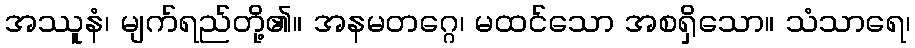
အဿူနံ၊ မျက်ရည်တို့၏။ အနမတဂ္ဂေ၊ မထင်သော အစရှိသော။ သံသာရေ၊